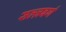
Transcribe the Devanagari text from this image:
सल्ज़बर्ग